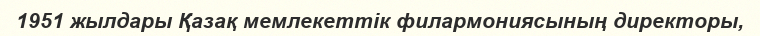
1951 жылдары Қазақ мемлекеттік филармониясының директоры,